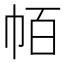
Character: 帞